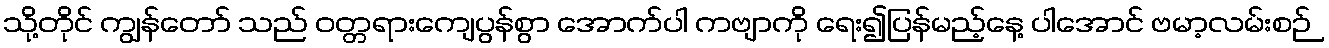
သို့တိုင် ကျွန်တော် သည် ဝတ္တရားကျေပွန်စွာ အောက်ပါ ကဗျာကို ရေး၍ပြန်မည့်နေ့ ပါအောင် ဗမာ့လမ်းစဉ်